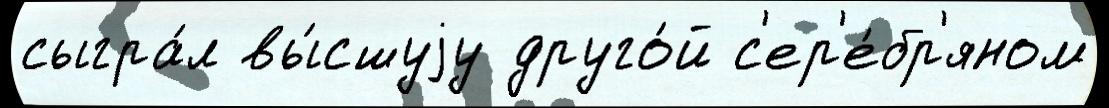
сыгра́л вы́сшуjу друго́й с'ер'е́бр'яном